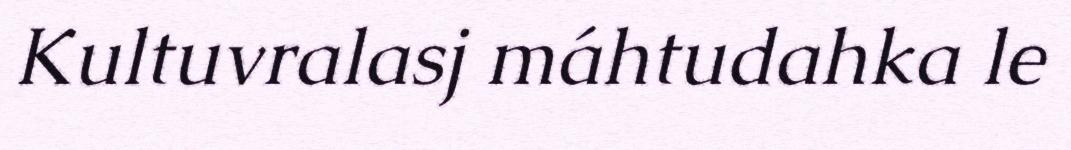
Kultuvralasj máhtudahka le